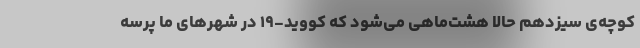
کوچه‌ی سیزدهم حالا هشت‌ماهی می‌شود که کووید-۱۹ در شهرهای ما پرسه